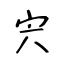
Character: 宍